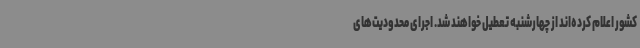
کشور اعلام کرده‌اند از چهارشنبه تعطیل خواهند شد. اجرای محدودیت‌های